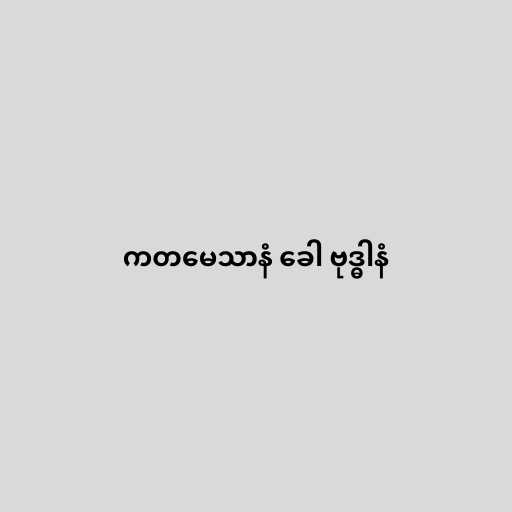
ကတမေသာနံ ခေါ ဗုဒ္ဓါနံ